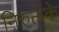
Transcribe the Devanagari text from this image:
निरुक्तके